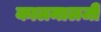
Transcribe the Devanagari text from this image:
कालमालजी